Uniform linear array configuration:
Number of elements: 64
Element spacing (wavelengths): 0.25
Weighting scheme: kaiser
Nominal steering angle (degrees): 15
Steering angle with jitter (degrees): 13.878
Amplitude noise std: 0.05
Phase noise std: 0.05

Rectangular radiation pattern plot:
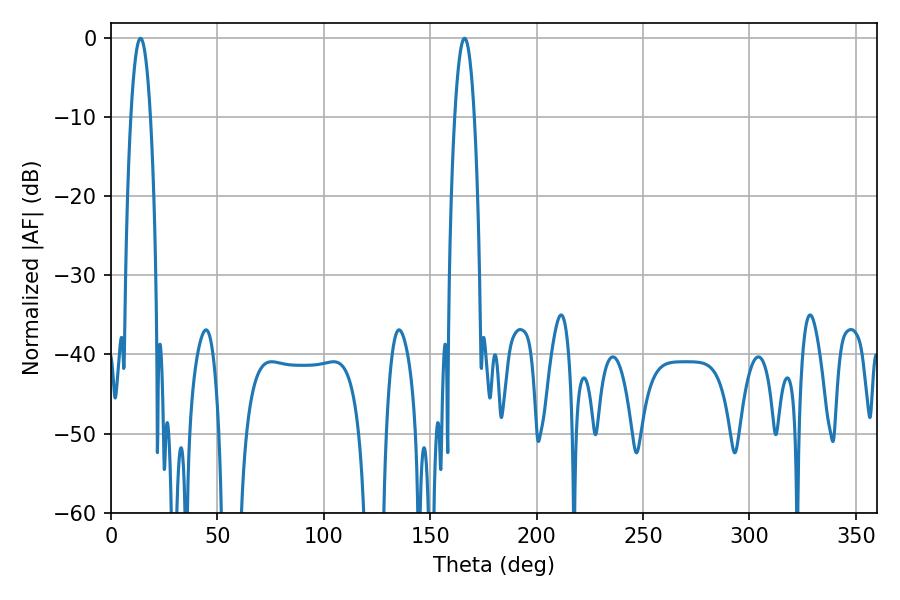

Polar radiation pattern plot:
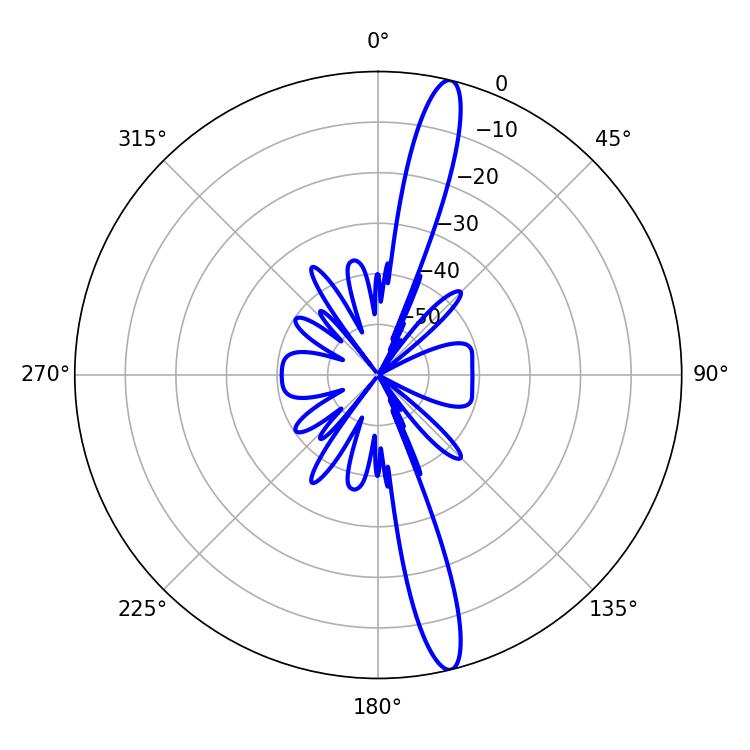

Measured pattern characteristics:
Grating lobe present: FALSE
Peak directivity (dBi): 16.39
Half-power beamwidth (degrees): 5.04
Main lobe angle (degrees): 13.86